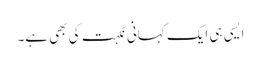
ایسی ہی ایک کہانی نگہت کی بھی ہے۔